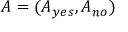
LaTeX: A = ( A _ { y e s } , A _ { n o } )